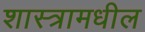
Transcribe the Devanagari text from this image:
शास्त्रामधील